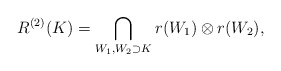
\begin{align*}R^{(2)}(K)=\bigcap_{W_1,W_2\supset K}r(W_1)\otimes r(W_2),\end{align*}